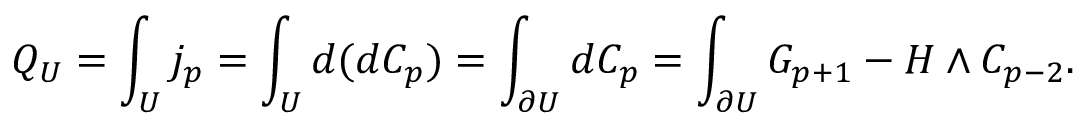
Q _ { U } = \int _ { U } j _ { p } = \int _ { U } d ( d C _ { p } ) = \int _ { \partial U } d C _ { p } = \int _ { \partial U } G _ { p + 1 } - H \wedge C _ { p - 2 } .